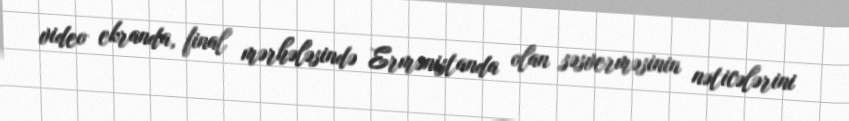
video ekranda, final mərhələsində Ermənistanda olan səsverməsinin nəticələrini